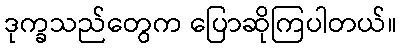
ဒုက္ခသည်တွေက ပြောဆိုကြပါတယ်။